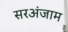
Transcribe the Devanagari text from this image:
सरअंजाम